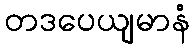
တဒပေယျမာနံ